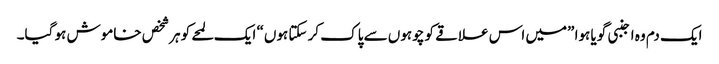
ایک دم وہ اجنبی گویا ہوا ”میں اس علاقے کو چوہوں سے پاک کر سکتا ہوں“ ایک لمحے کو ہرشخص خاموش ہو گیا۔